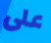
على